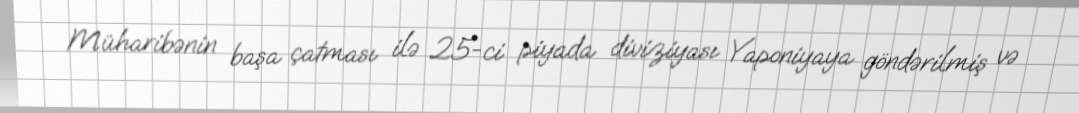
Müharibənin başa çatması ilə 25-ci piyada diviziyası Yaponiyaya göndərilmiş və